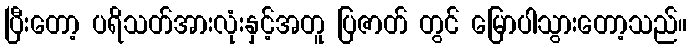
ပြီးတော့ ပရိသတ်အားလုံးနှင့်အတူ ပြဇာတ် တွင် မြောပါသွားတော့သည်။